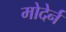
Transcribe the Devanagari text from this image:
मोदेर्न